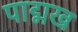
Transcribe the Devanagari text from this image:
पाद्मख